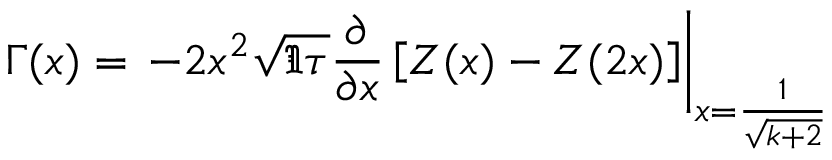
\Gamma ( x ) = \left. - 2 x ^ { 2 } \sqrt { \Im \tau } \frac { \partial } { \partial x } \left[ Z ( x ) - Z ( 2 x ) \right] \right| _ { x = \frac { 1 } { \sqrt { k + 2 } } }